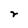
Character: r